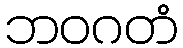
ဘဝဂတံ